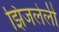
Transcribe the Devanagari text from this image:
झिजलेली